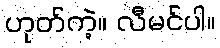
ဟုတ်ကဲ့။ လီမင်ပါ။